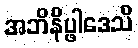
အဘိနိပ္ဖါဒေသိ